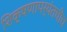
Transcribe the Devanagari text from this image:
शिक्षणापर्यंतचीच